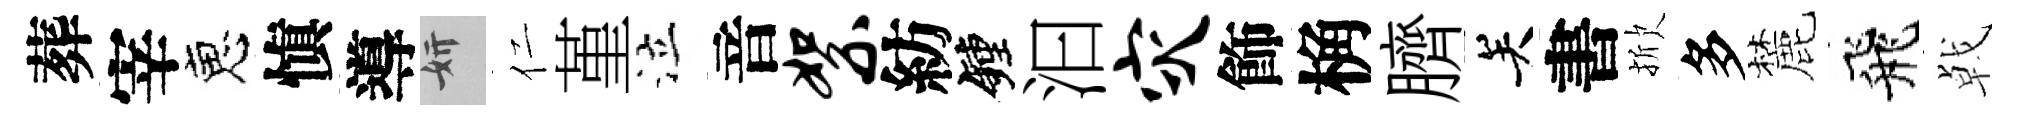
葬宰恵愼導妍仁堇泣音絮紡鐘汩灾飾桷臍关書掀多麓飛㦸